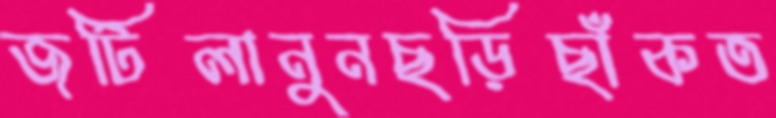
জটিলানুনছড়িছাঁকত